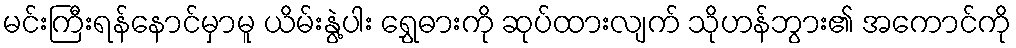
မင်းကြီးရန်နောင်မှာမူ ယိမ်းနွဲ့ပါး ရွှေဓားကို ဆုပ်ထားလျက် သိုဟန်ဘွား၏ အကောင်ကို